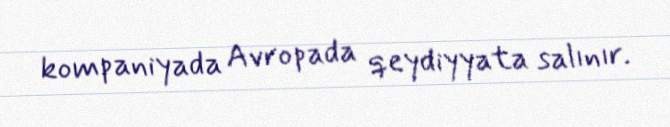
kompaniyada Avropada qeydiyyata salınır.